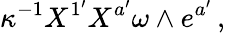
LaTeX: \kappa^{-1}X^{1^{\prime}}X^{a^{\prime}}\omega\wedge e^{a^{\prime}}\, ,